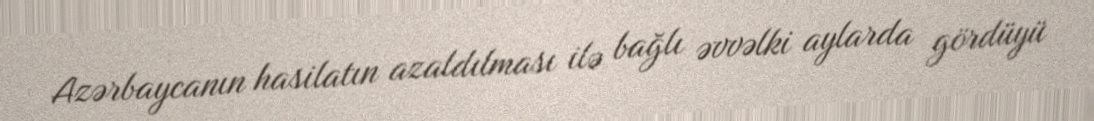
Azərbaycanın hasilatın azaldılması ilə bağlı əvvəlki aylarda gördüyü